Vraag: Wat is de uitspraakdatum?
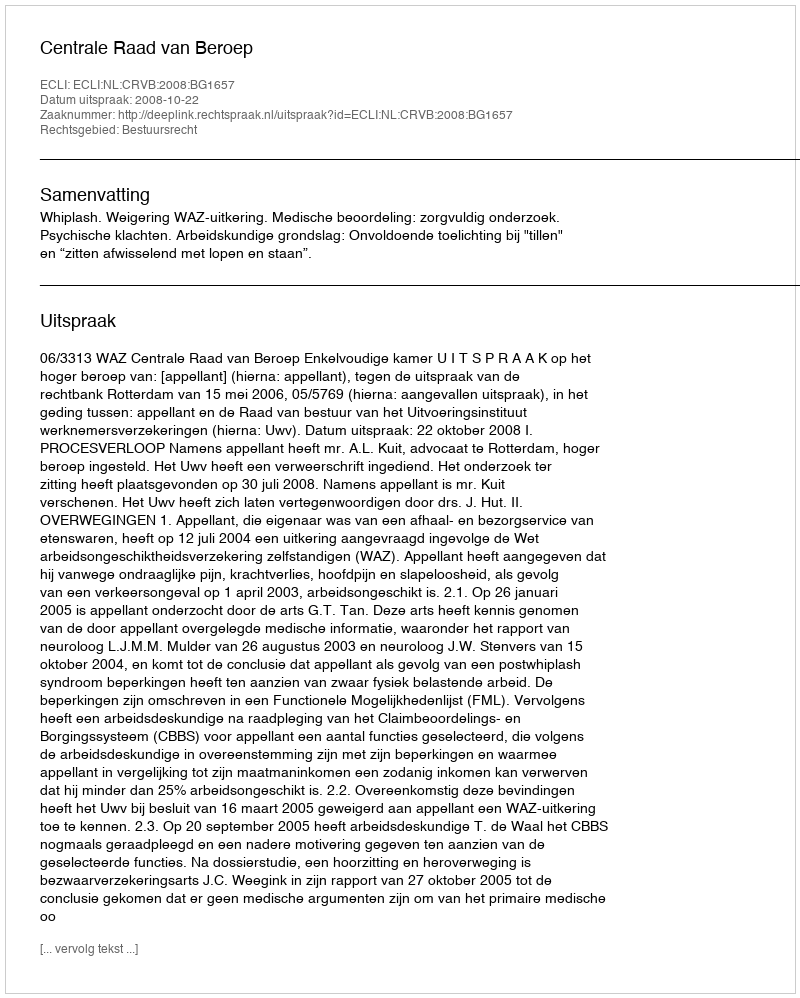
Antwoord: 2008-10-22